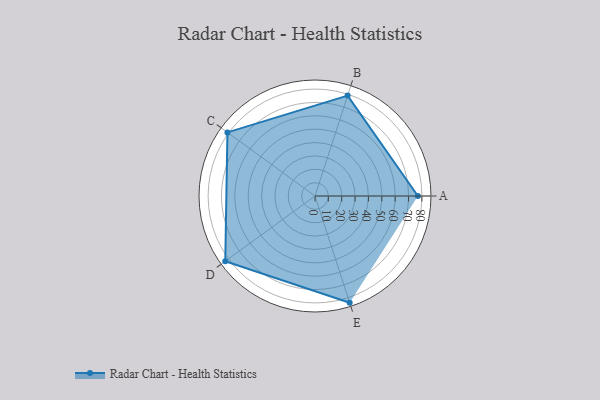
{"axis": {"x": "Skill", "y": "Score"}, "legend": ["Profile"], "data": [{"x": "A", "y": 77.0, "type": "Profile"}, {"x": "B", "y": 79.0, "type": "Profile"}, {"x": "C", "y": 81.0, "type": "Profile"}, {"x": "D", "y": 83.0, "type": "Profile"}, {"x": "E", "y": 84.0, "type": "Profile"}]}